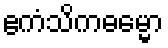
ဧကံသိကဓမ္မော